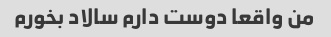
من واقعا دوست دارم سالاد بخورم